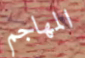
المهاجم